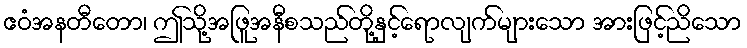
ဧဝံအနတီတော၊ ဤသို့အဖြူအနီစသည်တို့နှင့်ရောလျက်များသော အားဖြင့်ညိသော